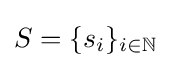
S=\{s_{i}\}_{i\in \mathbb {N} }